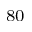
_ { 8 0 }